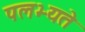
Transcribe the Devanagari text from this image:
पलभ्यते